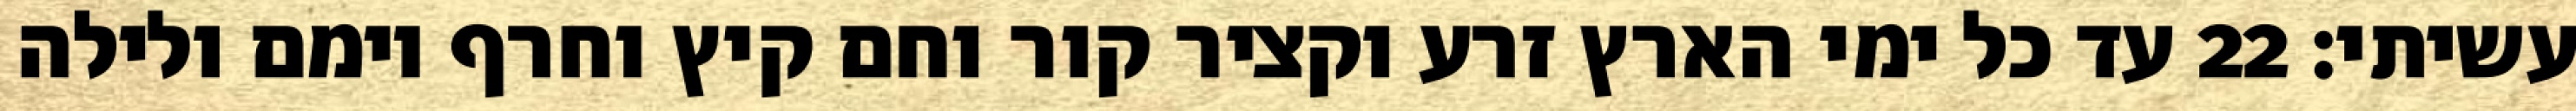
עשיתי׃ ‎22‏ עד כל ימי הארץ זרע וקציר קור וחם קיץ וחרף יומם ולילה